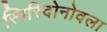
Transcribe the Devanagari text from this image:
स्पिरिदोनोवला